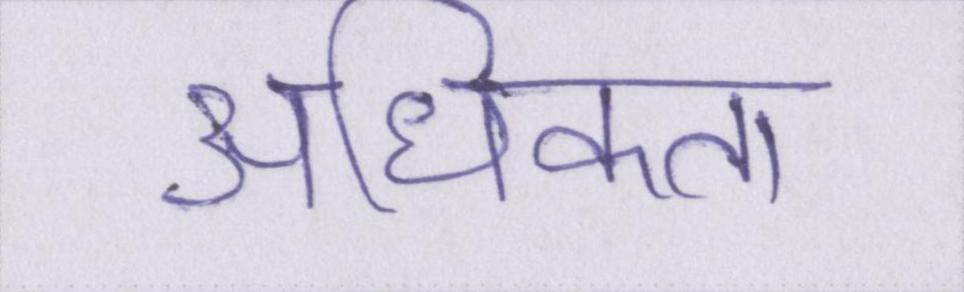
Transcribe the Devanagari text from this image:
अधिकता